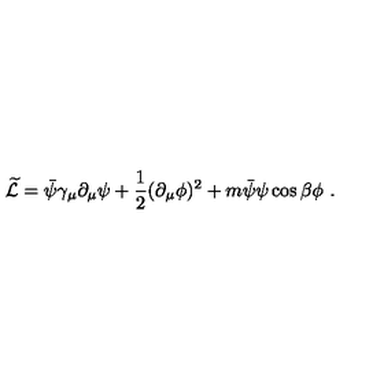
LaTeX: \widetilde { \cal L } = \bar { \psi } \gamma _ { \mu } \partial _ { \mu } \psi + \frac { 1 } { 2 } ( \partial _ { \mu } \phi ) ^ { 2 } + m \bar { \psi } \psi \cos \beta \phi \ .